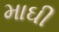
માઘી